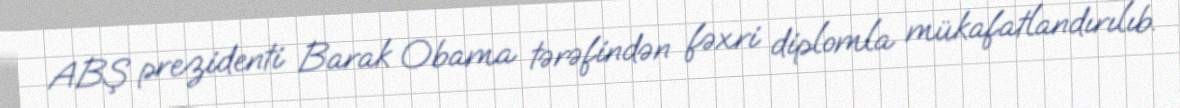
ABŞ prezidenti Barak Obama tərəfindən fəxri diplomla mükafatlandırılıb.